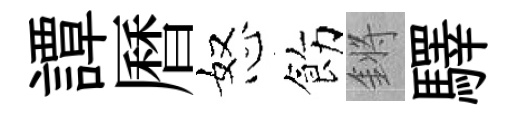
譚曆怒飭鏘驛